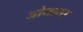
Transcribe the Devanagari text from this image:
जोभारत